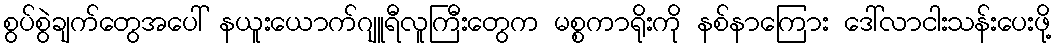
စွပ်စွဲချက်တွေအပေါ် နယူးယောက်ဂျူရီလူကြီးတွေက မစ္စကာရိုးကို နစ်နာကြေား ဒေါ်လာငါးသန်းပေးဖို့